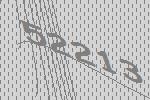
52213